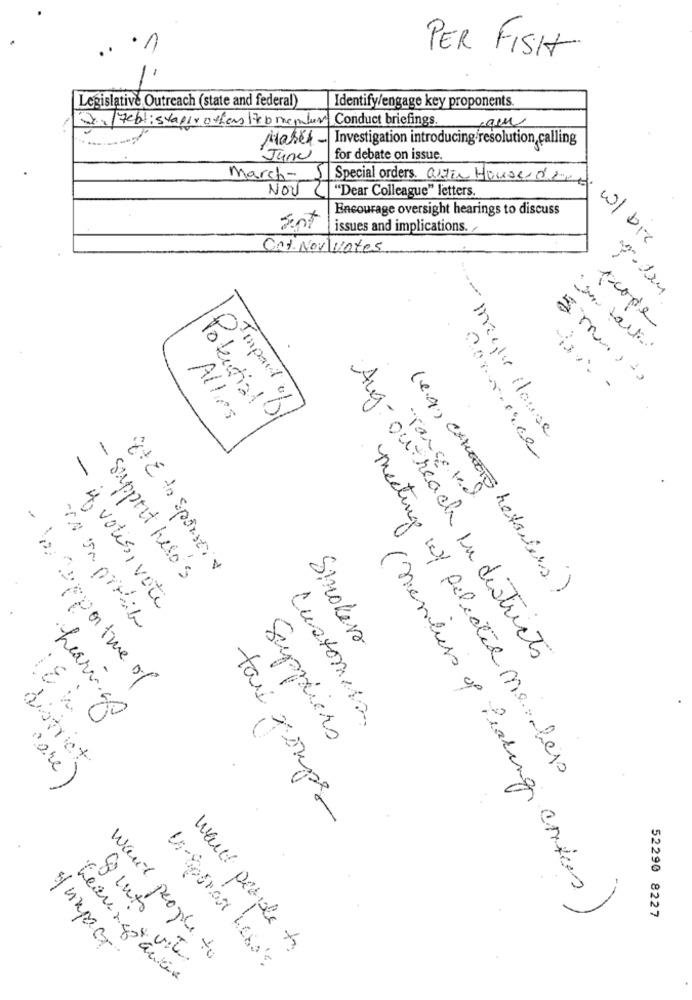
PER FISH
Legislative Outreach (state and federal)
Identify/engage key proponents.
2.2/Feb1 ; staple offers Heb memur Conduct briefings.
-
Makes - Investigation introducing resolution, calling
June
for debate on issue.
March- 5
Special orders. anzia House deed
NOV 2
"Dear Colleague" letters.
Encourage oversight hearings to discuss
sent
issues and implications.
w/ bic
Oct Nov\vates
scope
5 mm+
Impact of
Allies
Potential
mache House
Targeted
E+ 2 to Sponsors
- Support heso's
if votes, vote
is In probile
Smokers
Aug- outreach in districts
- Das rapportme of
18 %C
hearings
Customers
Suppliers
district
meeting of Selected Me legs
"are)
tau xsuper
( members of Peaking cortes
52290 8227
8 ints
want people to
/ impact
want people to
Learned aurin